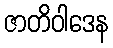
ဇာတိဝါဒေန